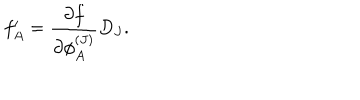
LaTeX: f _ { A } ^ { \prime } = \frac { \partial f } { \partial \phi _ { A } ^ { ( J ) } } D _ { J } .